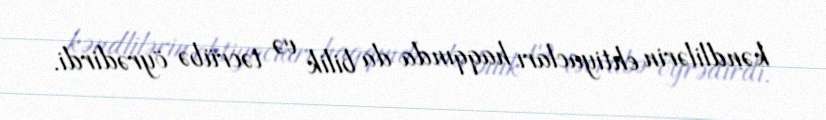
kəndlilərin ehtiyacları haqqında da bilik və təcrübə öyrədirdi.